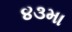
૪૩મા